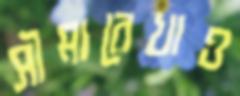
সীমারেখাও